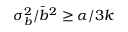
\sigma _ { b } ^ { 2 } / \bar { b } ^ { 2 } \ge \alpha / 3 k